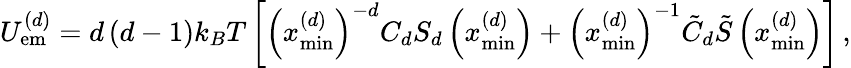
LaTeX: U_{\mathrm{em}}^{\left(d\right)}=d\left(d-1\right)k_{B}T\left[\left(x_{\operatorname*{min}}^{\left(d\right)}\right)^{-d}C_{d}S_{d}\left(x_{\operatorname*{min}}^{\left(d\right)}\right)+\left(x_{\operatorname*{min}}^{\left(d\right)}\right)^{-1}\tilde{C}_{d}\tilde{S}\left(x_{\operatorname*{min}}^{\left(d\right)}\right)\right]\, ,